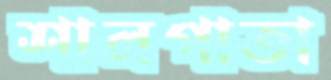
শালপাতা